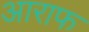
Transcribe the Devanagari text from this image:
आराफ